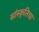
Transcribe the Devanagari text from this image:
सांस्कृतिचा